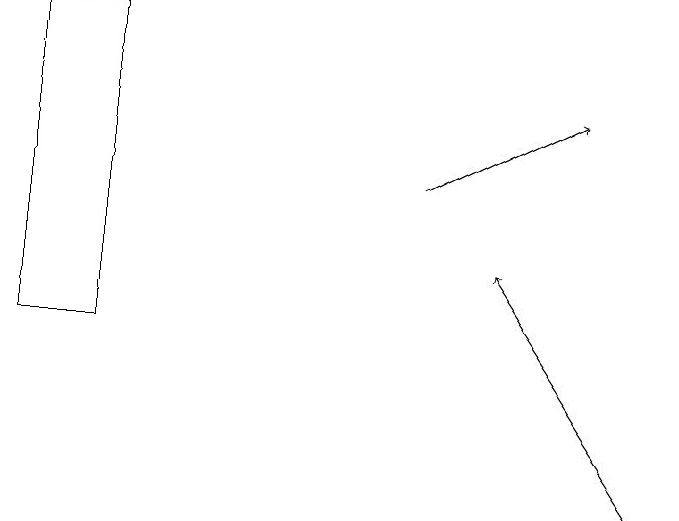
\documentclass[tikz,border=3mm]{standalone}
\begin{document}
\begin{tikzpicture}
\draw[->] (9,10) -- (7,13);
\draw (1,12) rectangle (2,16);
\draw[->] (6,14) -- (8,15);
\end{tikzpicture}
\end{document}